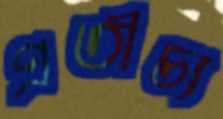
প্রতীচ্য